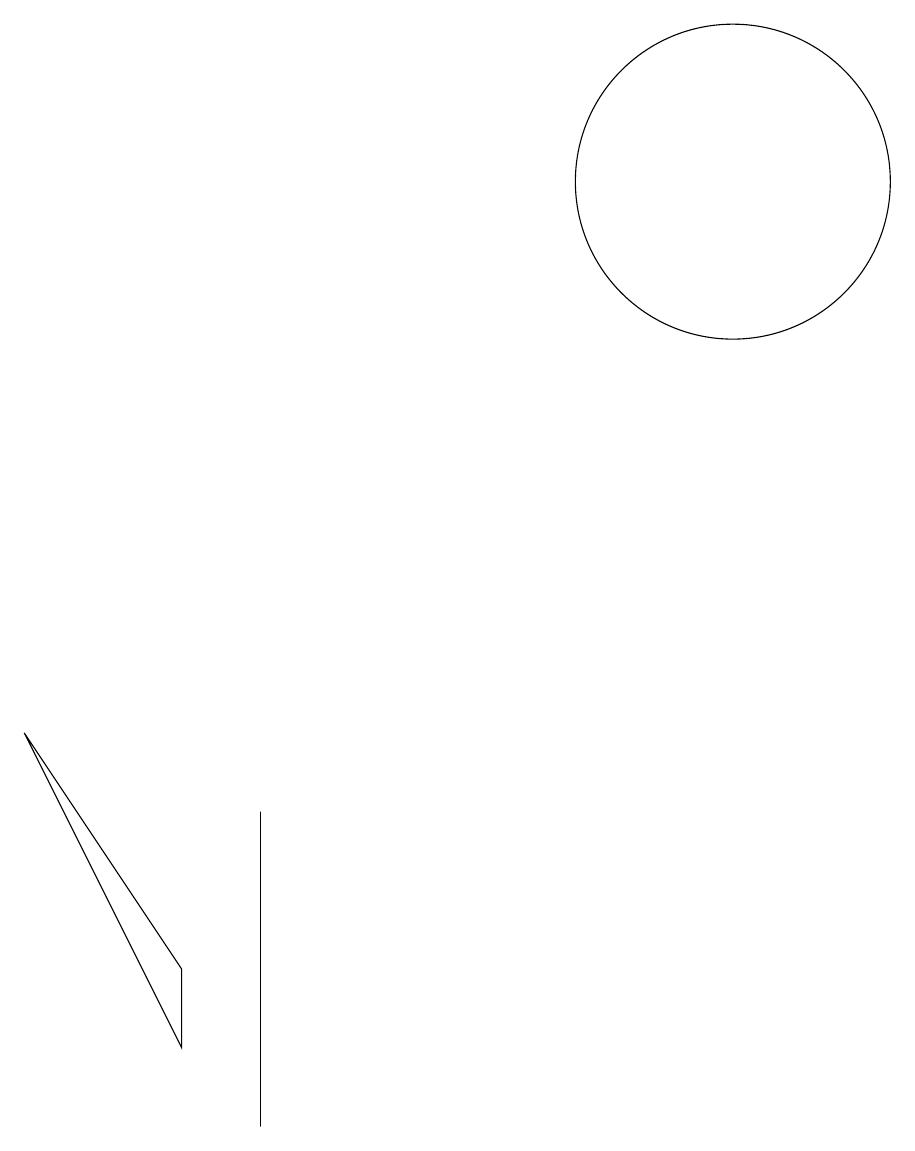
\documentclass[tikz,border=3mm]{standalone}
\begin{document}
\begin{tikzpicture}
\draw (5,1) -- (5,2) -- (3,5) -- cycle;
\draw (6,1) -- (6,4) -- (6,0) -- cycle;
\draw (12,12) circle (2);
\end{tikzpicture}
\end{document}